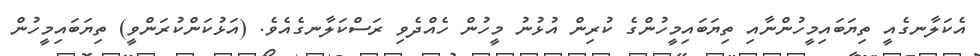
އެކަލާނގެއީ ތިޔަބައިމީހުންނާއި ތިޔަބައިމީހުންގެ ކުރިން އުޅުނު މީހުން ހެއްދެވި ރަސްކަލާނގެއެވެ. (އަޅުކަންކުރަންވީ) ތިޔަބައިމީހުން